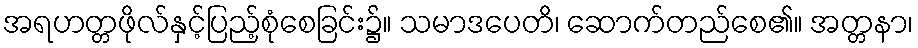
အရဟတ္တဖိုလ်နှင့်ပြည့်စုံစေခြင်း၌။ သမာဒပေတိ၊ ဆောက်တည်စေ၏။ အတ္တနာ၊